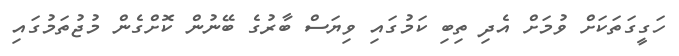
ހަގީގަތަކަށް ވުމަށް އެދި ތިބި ކަމުގައި ވިޔަސް ބާރުގެ ބޭނުން ކޮށްގެން މުޖުތަމުގައި